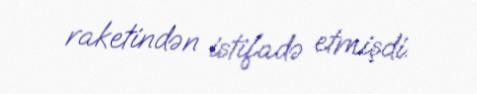
raketindən istifadə etmişdi.